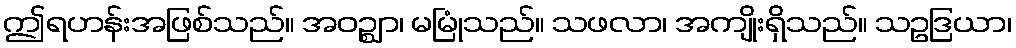
ဤရဟန်းအဖြစ်သည်။ အဝဉ္ဈာ၊ မမြုံသည်။ သဖလာ၊ အကျိုးရှိသည်။ သဥဒြယာ၊